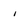
Character: i